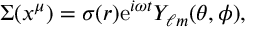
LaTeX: \Sigma ( x ^ { \mu } ) = \sigma ( r ) \mathrm { e } ^ { i \omega t } Y _ { \ell m } ( \theta , \phi ) ,